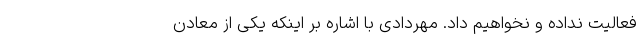
فعالیت نداده و نخواهیم داد. مهردادی با اشاره بر اینکه یکی از معادن